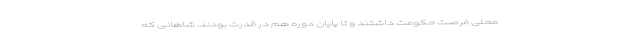
محلی فرصت حکومت داشتند و تا پایان دوره هم در قدرت بودند. شاهانی که